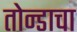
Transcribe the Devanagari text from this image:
तोन्डाचा